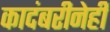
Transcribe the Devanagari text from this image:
कादंबरीनेही